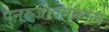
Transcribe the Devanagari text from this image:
पुनरुजीवनकाल